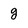
Character: g